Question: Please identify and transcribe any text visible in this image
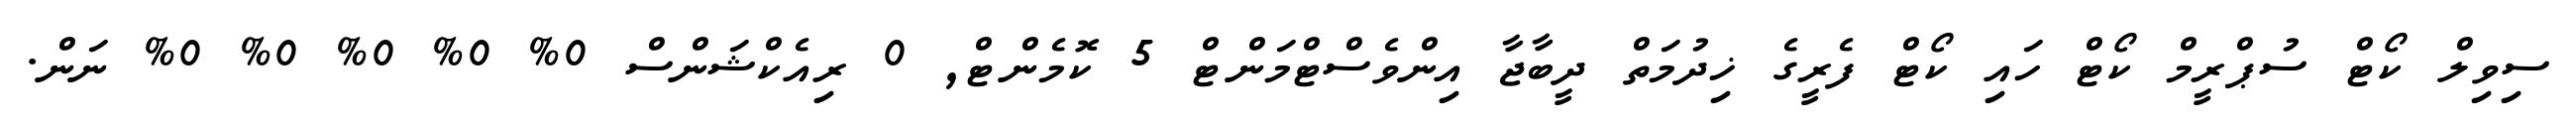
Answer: ސިވިލް ކޯޓް ސުޕްރީމް ކޯޓް ހައި ކޯޓް ފެރީގެ ޚިދުމަތް ދީބާޖާ އިންވެސްޓްމަންޓް 5 ކޮމެންޓް, 0 ރިއެކްޝަންސް 0% 0% 0% 0% 0% ނަން.